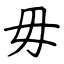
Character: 毋